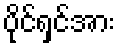
ပိုင်ရှင်အား